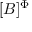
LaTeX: [ B ] ^ { \Phi }